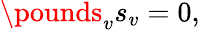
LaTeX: \pounds_{v}s_{v}=0,